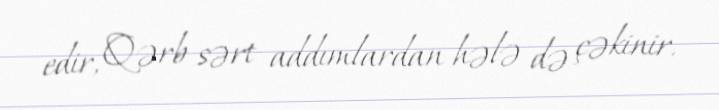
edir, Qərb sərt addımlardan hələ də çəkinir.